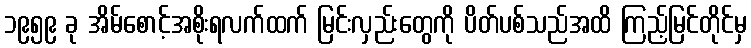
၁၉၅၉ ခု အိမ်စောင့်အစိုးရလက်ထက် မြင်းလှည်းတွေကို ပိတ်ပစ်သည်အထိ ကြည့်မြင်တိုင်မှ